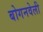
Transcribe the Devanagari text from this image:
बोगनवेली